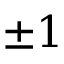
\pm 1